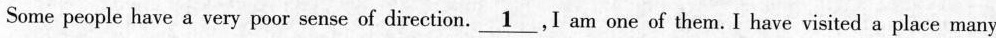
Some people have a very poor sense of direction. \underline{1}，I am one of them. I have visited a place many